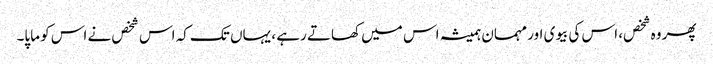
پھر وہ شخص، اس کی بیوی اور مہمان ہمیشہ اس میں کھاتے رہے ، یہاں تک کہ اس شخص نے اس کو ماپا۔